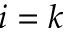
i = k